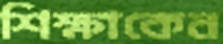
শিক্ষাকেন